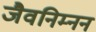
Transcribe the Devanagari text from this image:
जैवनिम्नन